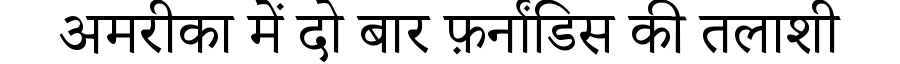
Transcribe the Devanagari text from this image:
अमरीका में दो बार फ़र्नांडिस की तलाशी